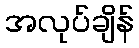
အလုပ်ချိန်